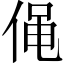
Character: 𠊟